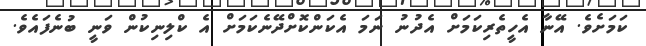
ކަމަށެވެ. އޭނާ އެހީތެރިކަމަށް އެދުނު ނަމަ އެކަންކޮށްދޭނެކަމަށް އެ ކްލިނިކުން ވަނީ ބުނެފައެވެ.